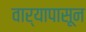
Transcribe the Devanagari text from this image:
वार्‍यापासून